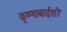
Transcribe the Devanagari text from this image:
कृष्णाबाईशी